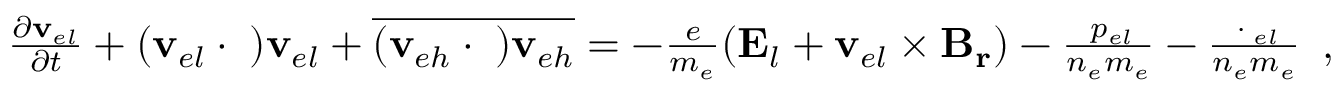
\begin{array} { r } { \frac { \partial \mathbf { v } _ { e l } } { \partial t } + ( \mathbf { v } _ { e l } \cdot \triangledown ) \mathbf { v } _ { e l } + \overline { { ( \mathbf { v } _ { e h } \cdot \triangledown ) \mathbf { v } _ { e h } } } = - \frac { e } { m _ { e } } ( \mathbf { E } _ { l } + \mathbf { v } _ { e l } \times \mathbf { B _ { r } } ) - \frac { \triangledown p _ { e l } } { n _ { e } m _ { e } } - \frac { \triangledown \cdot { \bf \Pi } _ { e l } } { n _ { e } m _ { e } } } \end{array} ,